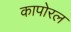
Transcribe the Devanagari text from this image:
कापोरल